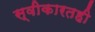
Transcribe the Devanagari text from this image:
स्वीकारतही